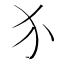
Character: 𬌩